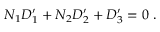
N _ { 1 } D _ { 1 } ^ { \prime } + N _ { 2 } D _ { 2 } ^ { \prime } + D _ { 3 } ^ { \prime } = 0 \ .